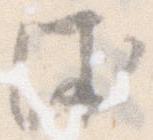
沐